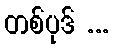
တစ်ပုဒ် ...